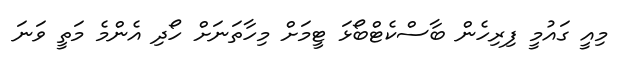
މިއީ ގައުމީ ފިރިހެން ބާސްކެޓްބޯޅަ ޓީމަށް މިހާތަނަށް ހޯދި އެންމެ މަތީ ވަނަ